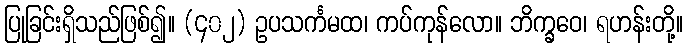
ပြုခြင်းရှိသည်ဖြစ်၍။ (၄၀၂) ဥပသင်္ကမထ၊ ကပ်ကုန်လော။ ဘိက္ခဝေ၊ ရဟန်းတို့။